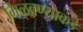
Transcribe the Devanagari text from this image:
मिळवण्याकडे